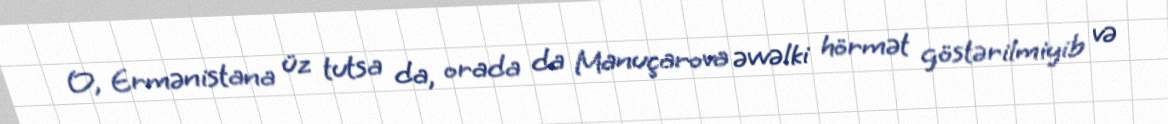
O, Ermənistana üz tutsa da, orada da Manuçarova əvvəlki hörmət göstərilmiyib və